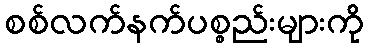
စစ်လက်နက်ပစ္စည်းများကို